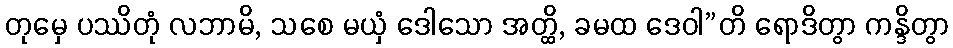
တုမှေ ပဿိတုံ လဘာမိ, သစေ မယှံ ဒေါသော အတ္ထိ, ခမထ ဒေဝါ”တိ ရောဒိတွာ ကန္ဒိတွာ